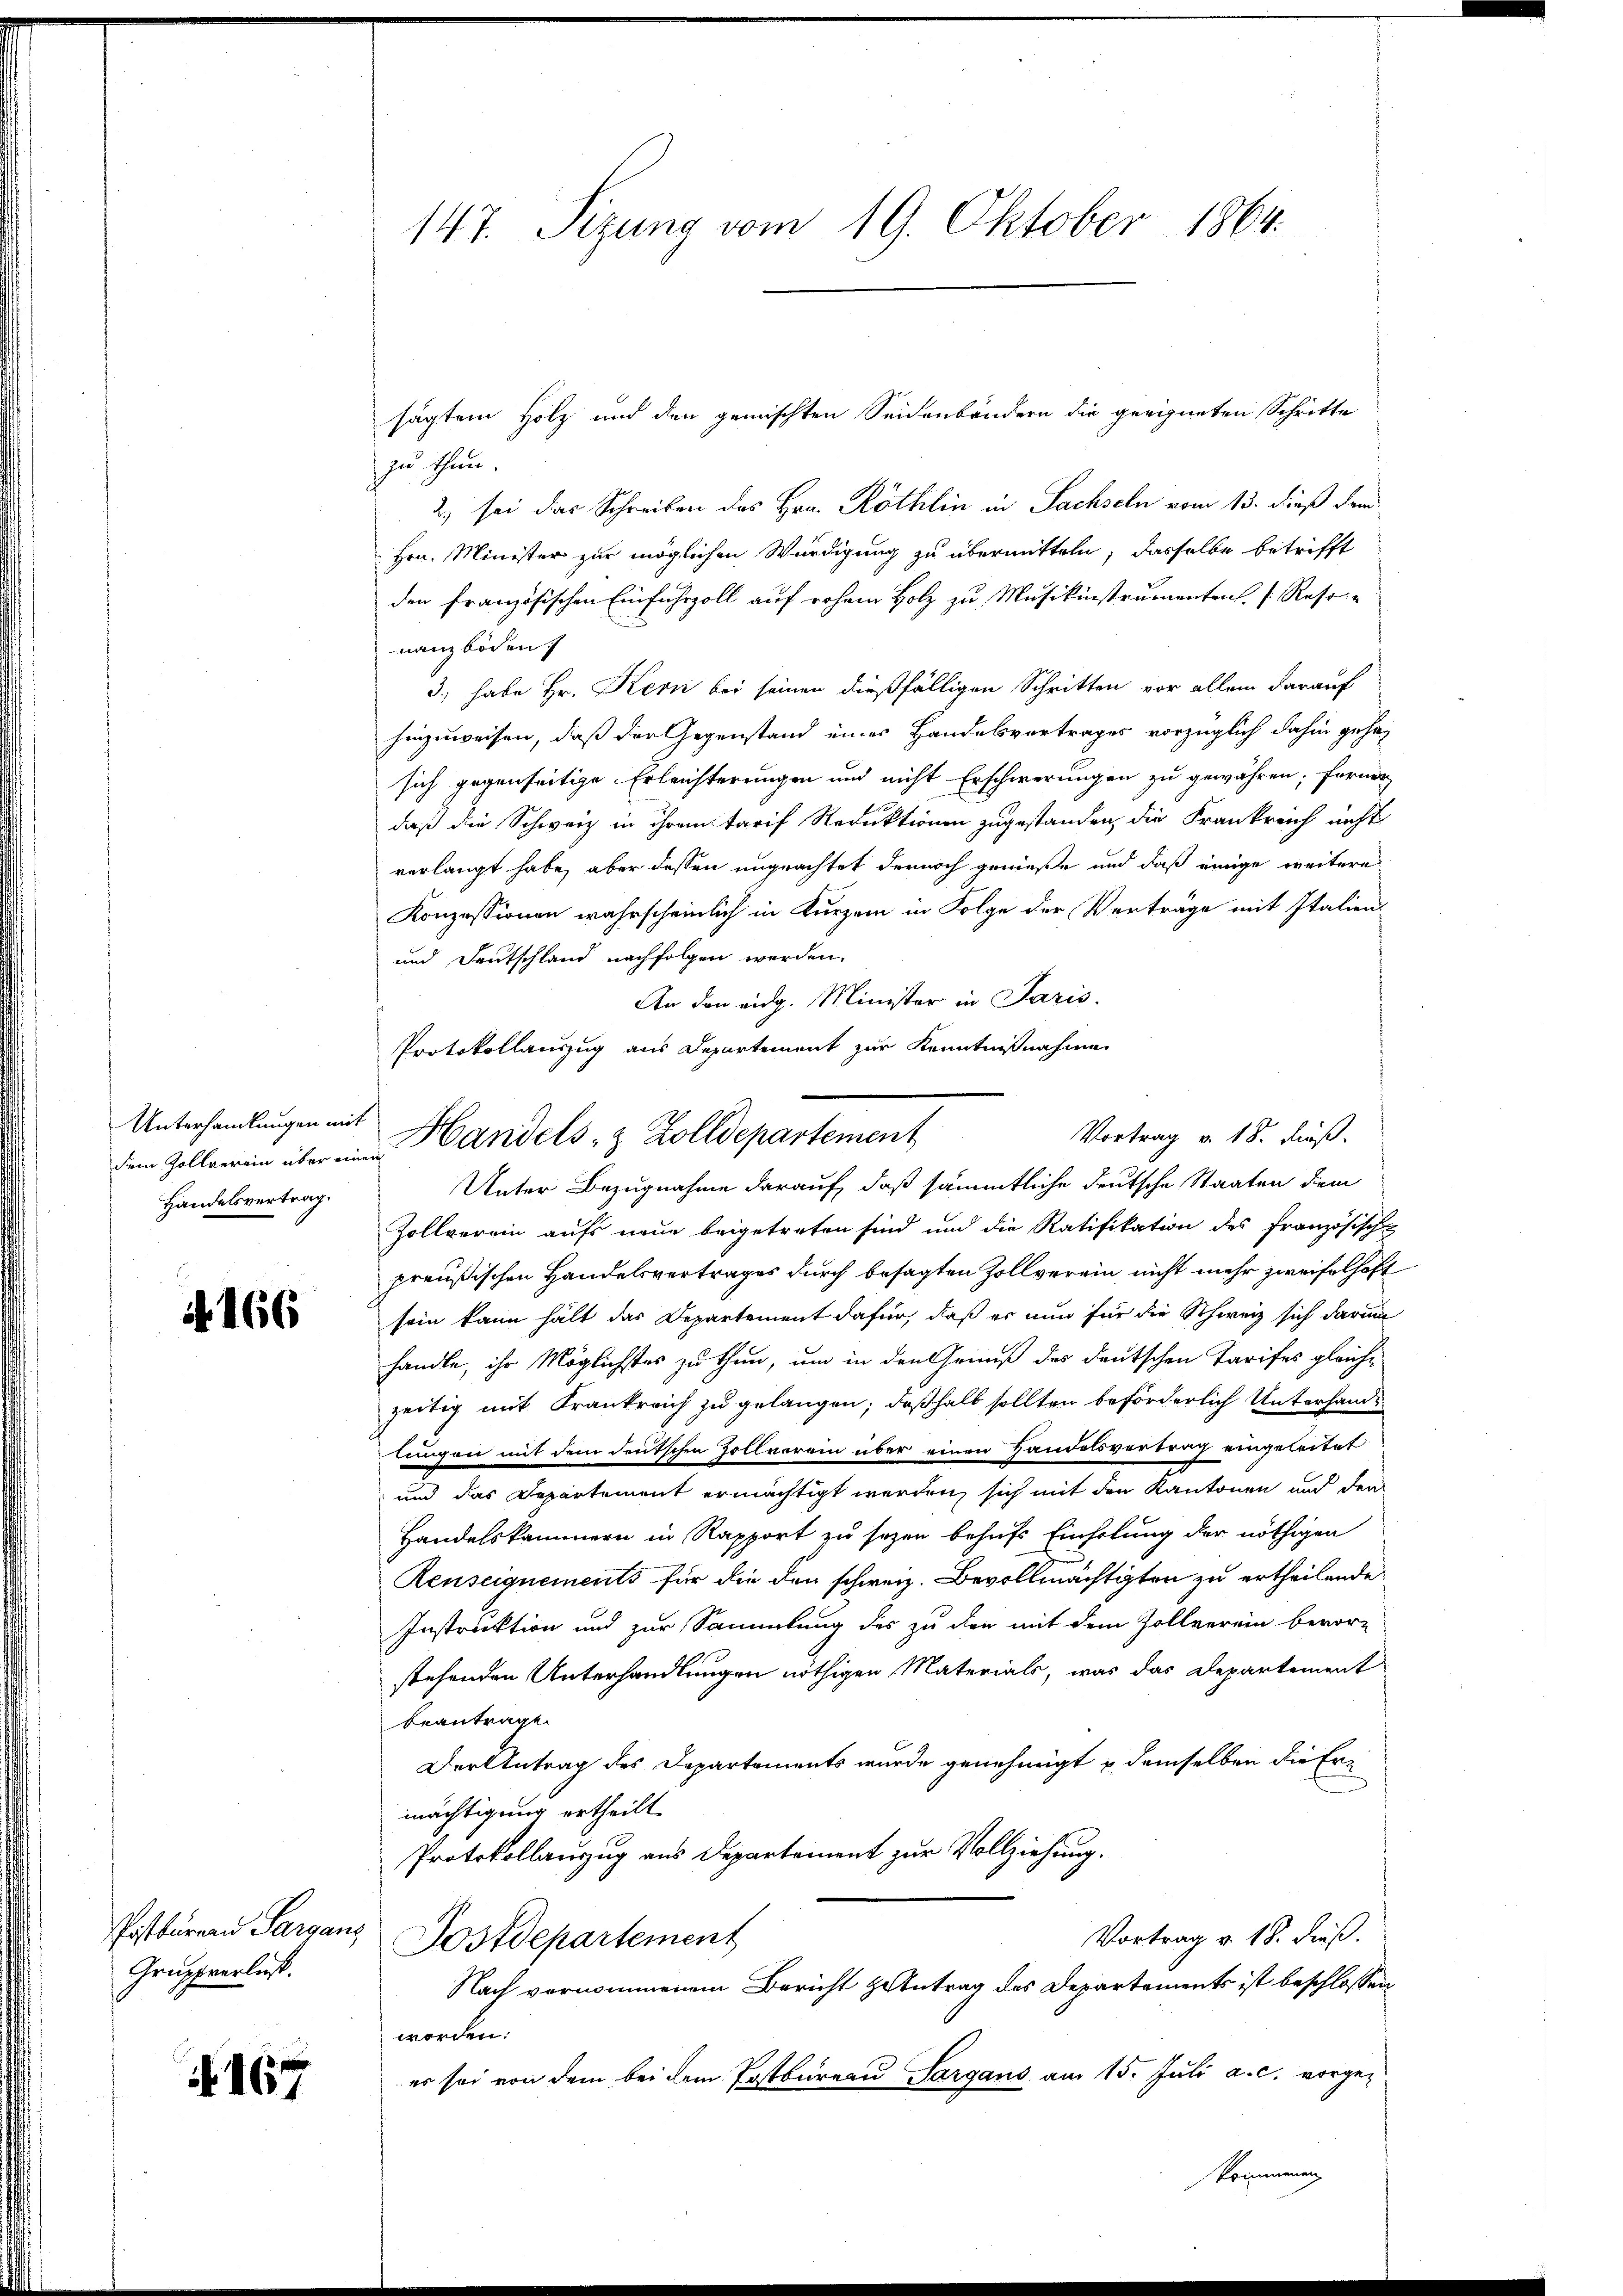
Unterhandlungen mit
Handelsvertrag.

4166

Postbureau Sargaus,
Gruppverlust.

if. 167

147. Sizung vom 19. Oktober 1864.

sägtem Holz und den gemischten Seidenbändern die geeigneten Schritte
zu thun.
2) sei das Schreiben des Hrn. Röthlin in Sachseln vom 13. dieß dem
Hrn. Minister zur möglichen Würdigung zu übermitteln, dasselbe betrifft
den französischen Einfuhrzoll auf rohem Holz zu Musikinstrumentens. f. Rest
nanzböden
3., habe Hr. Kern bei seinen dießfälligen Schritten vor allem darauf
hinzuweisen, daß der Gegenstand eines Handelsvertrages vorzüglich dahin gehen
sich gegenseitige Erleichterungen und nicht Erschwerungen zu gewähren; ferner
daß die Schweiz in ihrem Tarif Reduktionen zugestanden, die Frankreich nicht
verlangt habe, aber dessen ungeachtet dennoch genieße und daß einige weitere
Konzessionen wahrscheinlich in Kurzem in Folge der Verträge mit Italien¬
und Deutschland nachfolgen werden.
An den eidg. Minister in Paris.
Protokollauszug aus Departement zur Kenntnißnahme
Unter Bezugnahme darauf, daß sämmtliche deutsche Staaten dem
Zollverein aufs neue beigetreten sind und die Ratifikation des französische
preußischen Handelsvertrages durch besagten Zollverein nicht mehr zweifelhaft
sein kann hält das Departement dafür, daß er nun für die Schweiz sich darum
handle, ihr Möglichstes zu thun, um in den Genuß des deutschen Tarifes gleich-
zeitig mit Krankreich zu gelangen; deßhalb sollten beförderlich Unterhandlungen mit dem deutschen Zollverein über einen Handelsvertrag eingeleitet
und das Departement ermächtigt werden, sich mit den Kantonen und der
Handelskammern in Rapport zu sezen behufs Einholung der nöthigen
Renseignements für die den schweiz. Bevollmächtigten zu ertheilende
Instruktion und zur Sammlung des zu den mit dem Zollverein bevor-
stehenden Unterhandlungen nöthigen Materials, was das Departement
beantragt.
Der Antrag des Departements wurde genehmigt u. demselben die Ern
mächtigung ertheilt.
Protokollauszug aus Departement zur Vollziehung.
Vortrag v. 18. dieß.
Dostdepartement
Nach vernommenem Bericht Antrag des Departements ist beschlossen
worden:
er sei von dem bei dem Postbureau Sargans am 15. Juli a. c. vorge¬

Vortrag v. 18. dieß.
dem Zollverein über eine Handels- & Zolldepartement

or